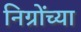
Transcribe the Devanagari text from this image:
निग्रोंच्या